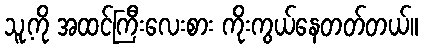
သူ့ကို အထင်ကြီးလေးစား ကိုးကွယ်နေတတ်တယ်။